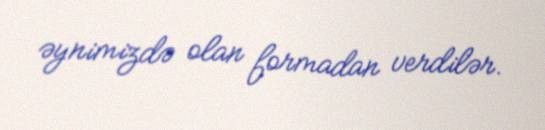
əynimizdə olan formadan verdilər.